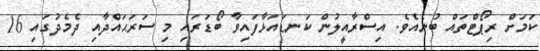
ކަމަށް ރިޕޯޓްތައް ބުނެއެވެ. އިސްރާއީލުން ކަނޑައަޅާފައިވާ ބޯޑަރައި މި ސަރަޙައްދާއި ދެމެދުގައި 16